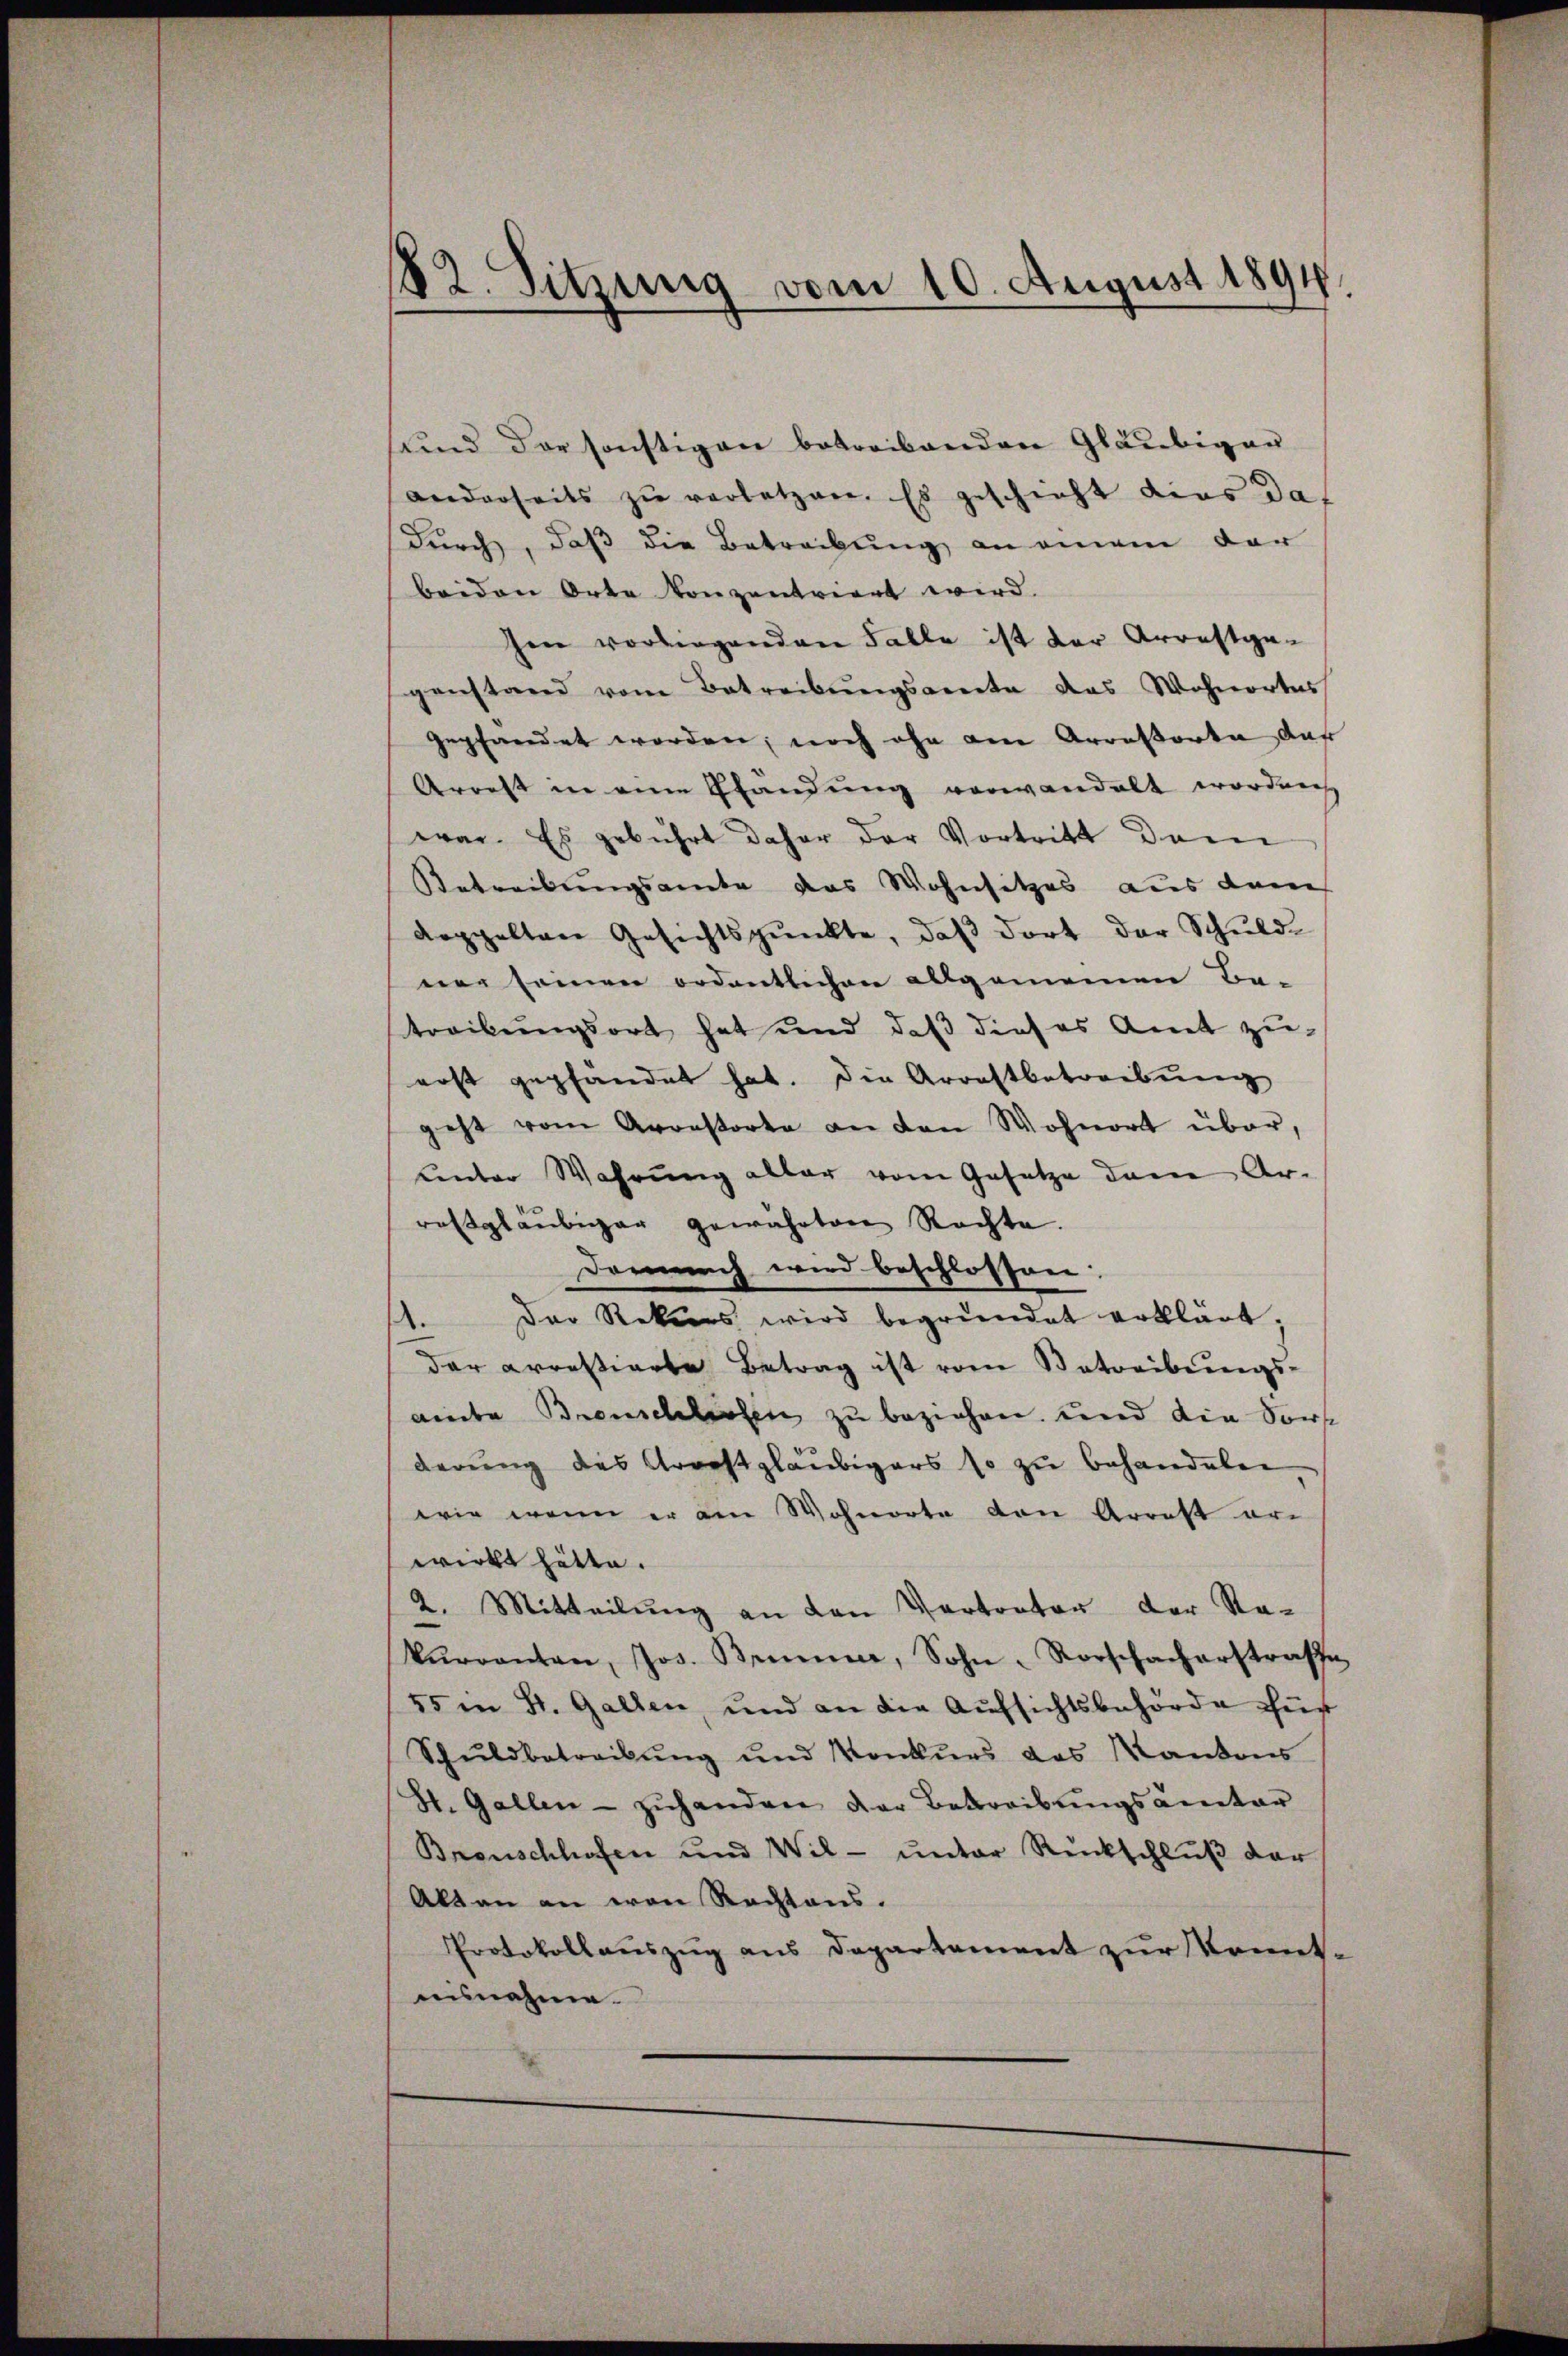
182. Sitzung vom 10. August 1894.

sund der sonstigen betreibenden Gläubiger
anderseits zu verletzen. Es geschieht dies daf
durch, daß die Betreibung an einem der
beiden Orte konzentriert wird.
hen vorliegenden Falle ist der Arrestge-
genstand vom Betreibŭngsamte das Wohnortes
gepfandet worden, noch ohn am Arratorte auf
Arrest in eine Pfändung verwandelt worden
war. Es gebührt daher der Vortritt dem
Betreibungsamte das Wohnsitzes aus dem
doppelten Gesichtspunkte, daβ dort der Schuld-
ner seinen ordentlichen allgemeinen Be-
treibungsort hat und daβ dieses Amt zŭ-
erst gepfändet hat. Die Arrestbetreibŭng
geht vom Arrestorte an den Wohnort über,
unter Wahrung aller vom Gesetze dem Ar-
rahtgläubiger gewährten Rechte.
Demnach wird beschlossen:
Der Rekurs wird begründet erklärt,
.
der arrestierte Betrag ist vom Betreibungs-
andte Brenschlossen zu beziehen und die Sort
derung des Arrestgläubigers so zu behandeln
wie wenn er am Wohnorte den Arrest ar-
wirkt hätte.
2. Mitteilung an den Vertrator der Rekŭrrenten, Jos. Brunner, Sohn-Rorschacherstrafe
55 in St. Gallen, und an die Aufsichtsbehörde für
Schŭldbetreibŭng ŭnd Konkŭrs das Kantons
St. Gallen- zŭhanden der Betreibŭngsamter
Bronschhofen und Wil- unter Rückschluß der
Alten an von Rechtaus.
Protokollauszug aus Departement zur Konntusnahme.